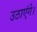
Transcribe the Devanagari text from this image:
उठाएंगे।